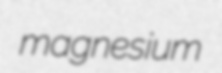
magnesium